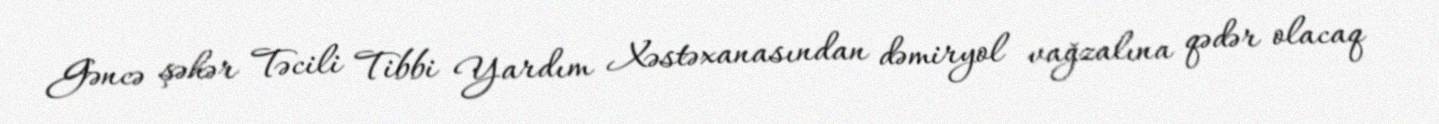
Gəncə şəhər Təcili Tibbi Yardım Xəstəxanasından dəmiryol vağzalına qədər olacaq